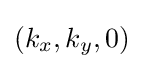
(k_{x},k_{y},0)